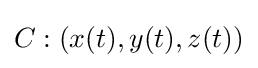
C:(x(t),y(t),z(t))